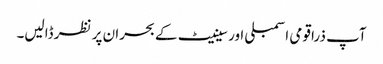
آپ ذرا قومی اسمبلی اور سینیٹ کے بحران پر نظر ڈالیں۔